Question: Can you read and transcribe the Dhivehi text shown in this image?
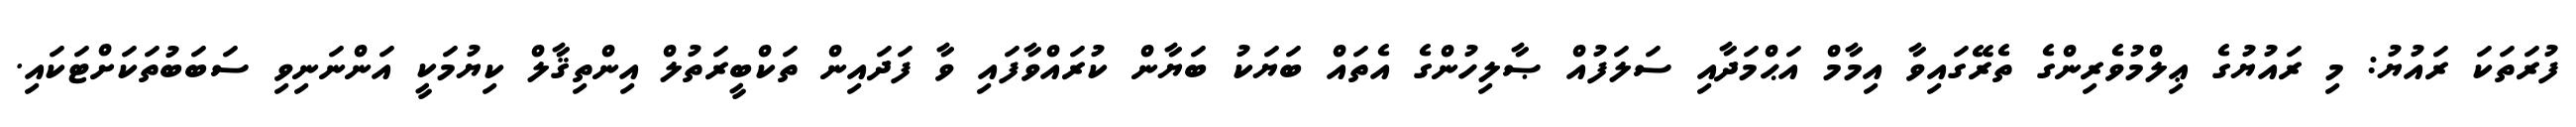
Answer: ފުރަތަކަ ރައުޔު: މި ރައުޔުގެ ޢިލްމުވެރިންގެ ތެރޭގައިވާ އިމާމް އަޙްމަދާއި ސަލަފުއް ޞާލިހުންގެ އެތައް ބަޔަކު ބަޔާން ކުރައްވާފައި ވާ ފަދައިން ތަކްބީރަތުލް އިންތިޤާލް ކިޔުމަކީ އަންނަނިވި ސަބަބުތަކަށްޓަކައި.